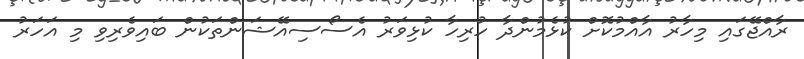
ރާއްޖޭގައި މިހާރު އާއްމުކޮށް ކުޅެމުންދާ ހުރިހާ ކުޅިވަރު އެސޯސިއޭޝަންތަކުން ބައިވެރިވި މި އަހަރު